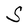
Character: S